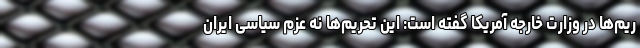
ریم‌ها در وزارت خارجه آمریکا گفته است: این تحریم‌ها نه عزم سیاسی ایران